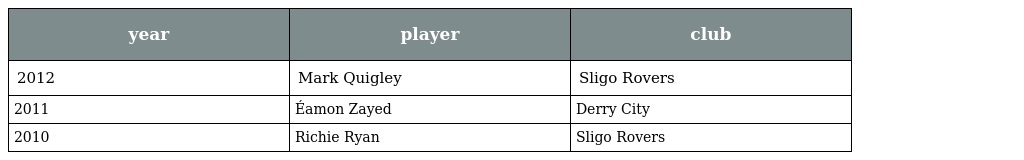
| year | player | club |
 | --- | --- | --- |
 | 2012 | Mark Quigley | Sligo Rovers |
 | 2011 | Éamon Zayed | Derry City |
 | 2010 | Richie Ryan | Sligo Rovers |